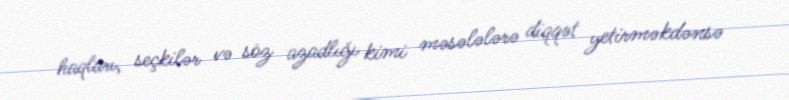
haqları, seçkilər və söz azadlığı kimi məsələlərə diqqət yetirməkdənsə